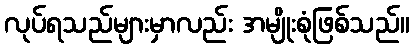
လုပ်ရသည်များမှာလည်း အမျိုးစုံဖြစ်သည်။